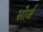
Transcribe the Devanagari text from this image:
सोर्ज